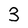
Character: 3